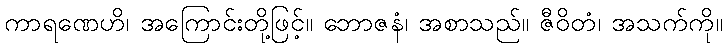
ကာရဏေဟိ၊ အကြောင်းတို့ဖြင့်။ ဘောဇနံ၊ အစာသည်။ ဇီဝိတံ၊ အသက်ကို။